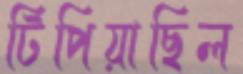
টিপিয়াছিল